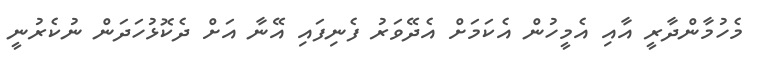
މެހުމާންދާރީ އާއި އެމީހުން އެކަމަށް އެދޭވަރު ފެނިފައި އޭނާ އަށް ދެކޮޅުހަދަން ނުކެރުނީ